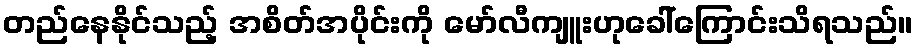
တည်နေနိုင်သည့် အစိတ်အပိုင်းကို မော်လီကျူးဟုခေါ်ကြောင်းသိရသည်။